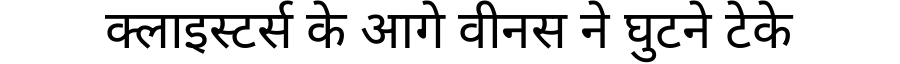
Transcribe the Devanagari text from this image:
क्लाइस्टर्स के आगे वीनस ने घुटने टेके